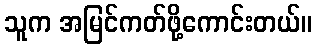
သူက အမြင်ကတ်ဖို့ကောင်းတယ်။